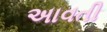
અાવતી